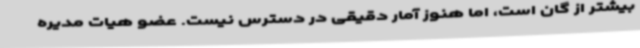
بیشتر از گان است، اما هنوز آمار دقیقی در دسترس نیست. عضو هیات مدیره